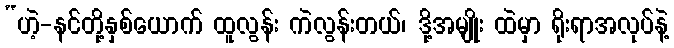
“ဟဲ့-နင်တို့နှစ်ယောက် ထူလွန်း ကဲလွန်းတယ်၊ ဒို့အမျိုး ထဲမှာ ရိုးရာအလုပ်နဲ့